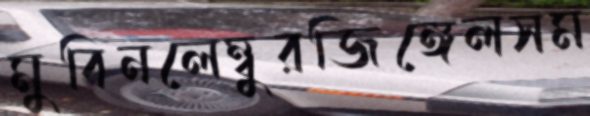
মুবিনলেম্বুরজিঙ্গেলসম